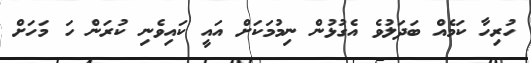
ހުރިހާ ކަމެއް ބަދަލުވެ އެގުޅުން ނިމުމަކަށް އައީ ކައިވެނި ކުރަން ހަ މަހަށް